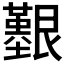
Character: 𦫒